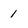
Character: 1